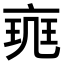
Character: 𠅪